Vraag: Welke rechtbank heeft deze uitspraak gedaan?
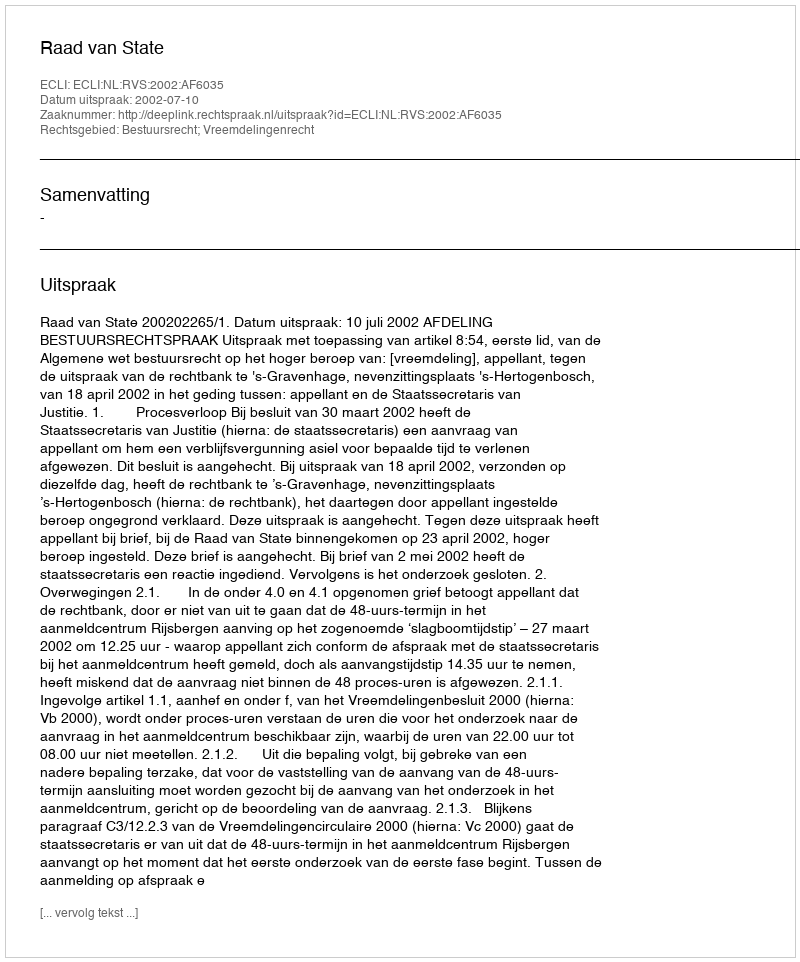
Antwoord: Raad van State